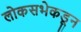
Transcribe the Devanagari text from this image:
लोकसभेकडून